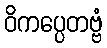
ဝိကပ္ပေတဗ္ဗံ